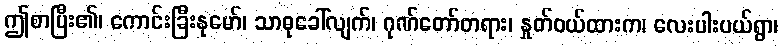
ဤစာပြီး၏၊ ကောင်းခြီးနုမော်၊ သာဓုခေါ်လျက်၊ ဂုဏ်တော်တရား၊ နှုတ်ဝယ်ထားက၊ လေးပါးပယ်ရွာ၊